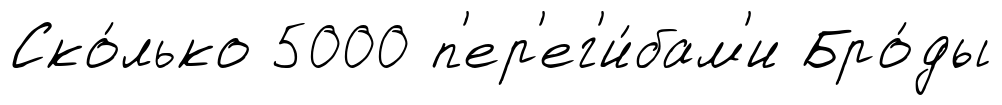
Ско́лько 5000 п'ер'ег'и́бам'и Бро́ды